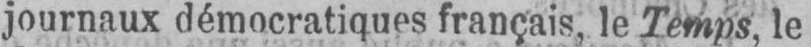
journaux démocratiques français, le Temps, le